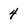
Character: 4